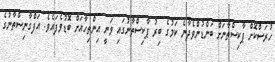
ހުރަސްކޮށް ޕާކިސްތާނަށް ބަންޑުންވެދާނެ ކަމުގެ ބިރު ޕާކިސްތާނުގައި ވަނީ އިންތިހާއަށް ބޮޑުވެފައެވެ. އަފްގާނިސްތާނުގެ